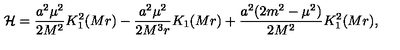
{ \cal H } = \frac { a ^ { 2 } \mu ^ { 2 } } { 2 M ^ { 2 } } K _ { 1 } ^ { 2 } ( M r ) - \frac { a ^ { 2 } \mu ^ { 2 } } { 2 M ^ { 3 } r } K _ { 1 } ( M r ) + \frac { a ^ { 2 } ( 2 m ^ { 2 } - \mu ^ { 2 } ) } { 2 M ^ { 2 } } K _ { 1 } ^ { 2 } ( M r ) ,